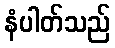
နံပါတ်သည်